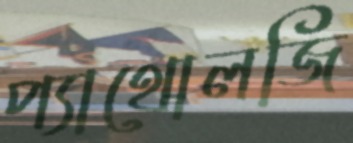
প্যাথোলজি